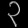
Digit: ၃